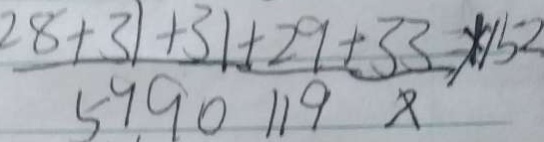
\frac { 2 8 + 3 1 + 3 1 + 2 9 + 3 3 \times 1 5 2 } { 5 9 9 0 1 1 9 }